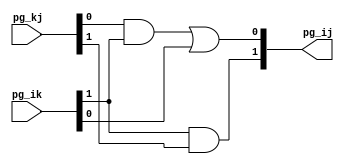
module blackCell(
    input [1:0] pg_ik, pg_kj,
    output [1:0] pg_ij
);


assign pg_ij[0] = (pg_kj[0] & pg_ik[1]) | pg_ik[0];
assign pg_ij[1] = pg_ik[1] & pg_kj[1];


endmodule